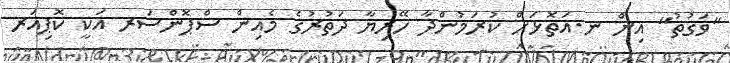
"ވަގުތު" އިން ނ.އަތޮޅަށް ކުރަމުންދާ ހޭރިޔާ ދަތުރުގެ މެއިން ސްޕޮންސަރ އަކީ ކޮޮޕިއަރ